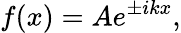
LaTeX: f(x)=Ae^{\pm ikx},